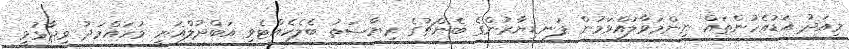
މިއަދު އަޑުއެހުންތައް ނިންމަވާލައްވަމުން ފަނޑިޔާރުންގެ ބެންޗުގެ ރިޔާސަތު ބެލެހެއްޓެވި އަބްދުލްޣަނީ މުހައްމަދު ވިދާޅުވީ